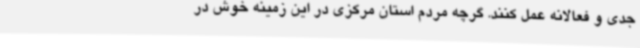
جدی و فعالانه عمل کنند. گرچه مردم استان مرکزی در این زمینه خوش در